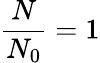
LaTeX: \frac{N}{N_{0}}=1